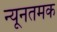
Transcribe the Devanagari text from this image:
न्यूनतमक